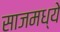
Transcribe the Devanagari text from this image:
साजमध्ये